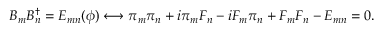
B _ { m } B _ { n } ^ { \dagger } = E _ { m n } ( \phi ) \longleftrightarrow \pi _ { m } \pi _ { n } + i \pi _ { m } F _ { n } - i F _ { m } \pi _ { n } + F _ { m } F _ { n } - E _ { m n } = 0 .